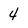
Character: 4